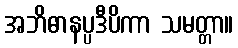
အဘိဓာနပ္ပဒီပိကာ သမတ္တာ။